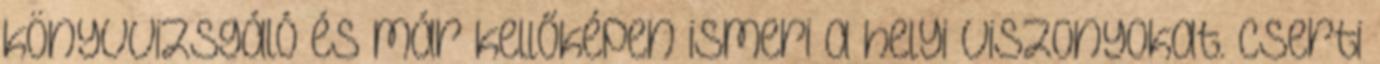
könyvvizsgáló és már kellőképen ismeri a helyi viszonyokat. Cserti